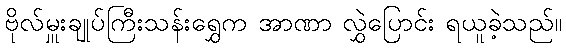
ဗိုလ်မှူးချုပ်ကြီးသန်းရွှေက အာဏာ လွှဲပြောင်း ရယူခဲ့သည်။